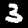
Label: 3